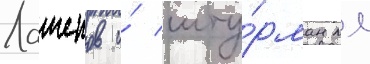
Лашенов и́ шту́рман мл